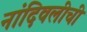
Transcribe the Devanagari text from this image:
नांदिवलीची